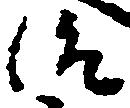
治